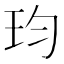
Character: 𪻎